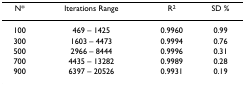
<table><thead><tr><td><b>N*</b></td><td><b>Iterations Range</b></td><td><b>R<sup>2</sup></b></td><td><b>SD %</b></td></tr></thead><tbody><tr><td>100</td><td>469 – 1425</td><td>0.9960</td><td>0.99</td></tr><tr><td>300</td><td>1603 – 4473</td><td>0.9994</td><td>0.76</td></tr><tr><td>500</td><td>2966 – 8444</td><td>0.9996</td><td>0.31</td></tr><tr><td>700</td><td>4435 – 13282</td><td>0.9989</td><td>0.28</td></tr><tr><td>900</td><td>6397 – 20526</td><td>0.9931</td><td>0.19</td></tr></tbody></table>